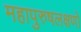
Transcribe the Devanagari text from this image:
महापुरुषलक्षणों